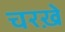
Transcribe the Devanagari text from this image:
चरख़े